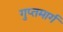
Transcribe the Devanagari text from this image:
गुप्तमार्ग